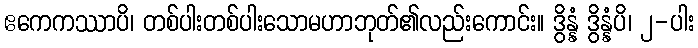
ဧကေကဿာပိ၊ တစ်ပါးတစ်ပါးသောမဟာဘုတ်၏လည်းကောင်း။ ဒွိန္နံ ဒွိန္နံပိ၊ ၂-ပါး